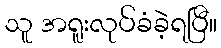
သူ အရူးလုပ်ခံခဲ့ရပြီ။